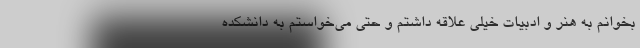
بخوانم به هنر و ادبیات خیلی علاقه داشتم و حتی می‌خواستم به دانشکده